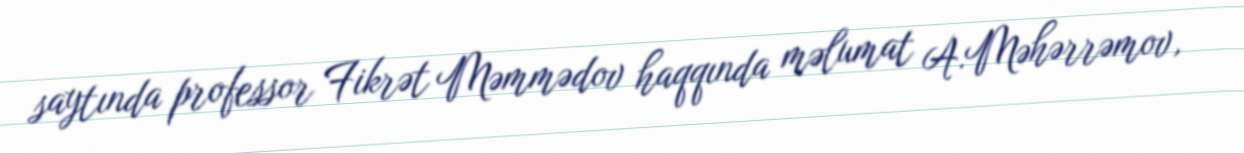
saytında professor Fikrət Məmmədov haqqında məlumat A.Məhərrəmov,